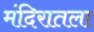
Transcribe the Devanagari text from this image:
मंदिरातला